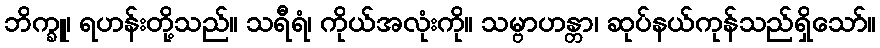
ဘိက္ခူ၊ ရဟန်းတို့သည်။ သရီရံ၊ ကိုယ်အလုံးကို။ သမ္ဗာဟန္တာ၊ ဆုပ်နယ်ကုန်သည်ရှိသော်။